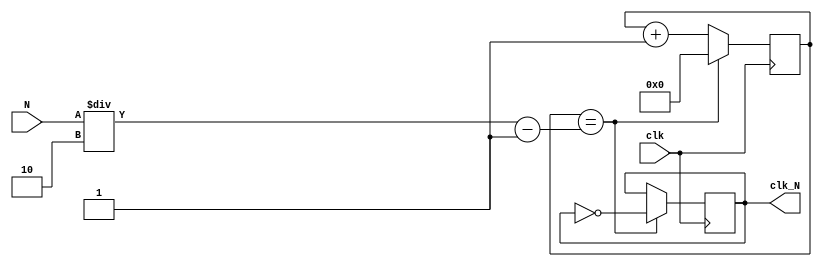
`timescale 1ns / 1ps
//////////////////////////////////////////////////////////////////////////////////
// Company: 
// Engineer: 
// 
// Design Name: 
// Module Name: divider
// Project Name: 
// Target Devices: 
// Tool Versions: 
// Description: 
// 
// Dependencies: 
// 
// Revision:
// Revision 0.01 - File Created
// Additional Comments:
// 
//////////////////////////////////////////////////////////////////////////////////


module Divider(
    input clk,
    input [31:0] N,
    output reg clk_N
    );
    reg [31:0] i = 0;
    initial clk_N = 0;
    
    always @(posedge clk) begin
        if(i == N /2 - 1) begin 
            clk_N <= ~clk_N;
            i <= 0;
        end
        else i <= i + 1;
    end
endmodule